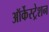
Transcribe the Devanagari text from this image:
ऑर्केस्ट्रेशन